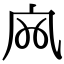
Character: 𡦹